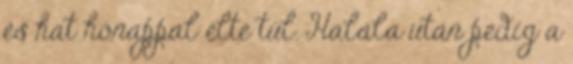
és hat hónappal élte túl. Halála után pedig a